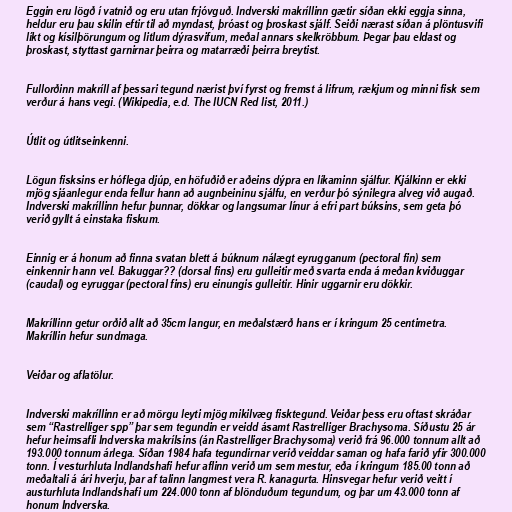
Eggin eru lögð í vatnið og eru utan frjóvguð. Indverski makríllinn gætir síðan ekki eggja sinna,
heldur eru þau skilin eftir til að myndast, þróast og þroskast sjálf. Seiði nærast síðan á plöntusvifi
líkt og kísilþörungum og litlum dýrasvifum, meðal annars skelkröbbum. Þegar þau eldast og
þroskast, styttast garnirnar þeirra og matarræði þeirra breytist.

Fullorðinn makríll af þessari tegund nærist því fyrst og fremst á lifrum, rækjum og minni fisk sem
verður á hans vegi. (Wikipedia, e.d. The IUCN Red list, 2011.)

Útlit og útlitseinkenni.

Lögun fisksins er hóflega djúp, en höfuðið er aðeins dýpra en líkaminn sjálfur. Kjálkinn er ekki
mjög sjáanlegur enda fellur hann að augnbeininu sjálfu, en verður þó sýnilegra alveg við augað.
Indverski makríllinn hefur þunnar, dökkar og langsumar línur á efri part búksins, sem geta þó
verið gyllt á einstaka fiskum.

Einnig er á honum að finna svatan blett á búknum nálægt eyrugganum (pectoral fin) sem
einkennir hann vel. Bakuggar?? (dorsal fins) eru gulleitir með svarta enda á meðan kviðuggar
(caudal) og eyruggar (pectoral fins) eru einungis gulleitir. Hinir uggarnir eru dökkir.

Makríllinn getur orðið allt að 35cm langur, en meðalstærð hans er í kringum 25 centimetra.
Makríllin hefur sundmaga.

Veiðar og aflatölur.

Indverski makríllinn er að mörgu leyti mjög mikilvæg fisktegund. Veiðar þess eru oftast skráðar
sem “Rastrelliger spp” þar sem tegundin er veidd ásamt Rastrelliger Brachysoma. Síðustu 25 ár
hefur heimsafli Indverska makrílsins (án Rastrelliger Brachysoma) verið frá 96.000 tonnum allt að
193.000 tonnum árlega. Síðan 1984 hafa tegundirnar verið veiddar saman og hafa farið yfir 300.000
tonn. Í vesturhluta Indlandshafi hefur aflinn verið um sem mestur, eða í kringum 185.00 tonn að
meðaltali á ári hverju, þar af talinn langmest vera R. kanagurta. Hinsvegar hefur verið veitt í
austurhluta Indlandshafi um 224.000 tonn af blönduðum tegundum, og þar um 43.000 tonn af
honum Indverska.